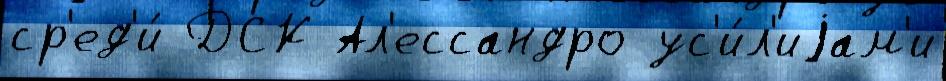
ср'ед'и́ ДСК Ал'ессандро ус'и́л'иjам'и